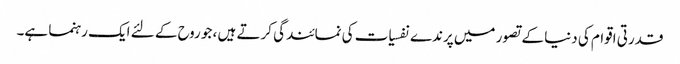
قدرتی اقوام کی دنیا کے تصور میں پرندے نفسیات کی نمائندگی کرتے ہیں ، جو روح کے لئے ایک رہنما ہے۔